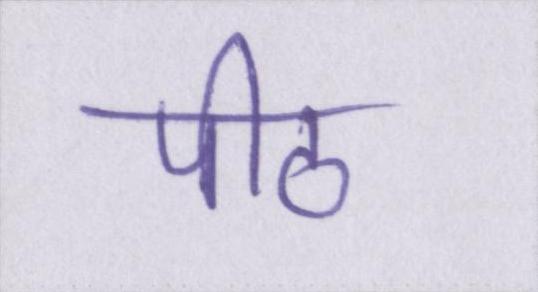
पीठ